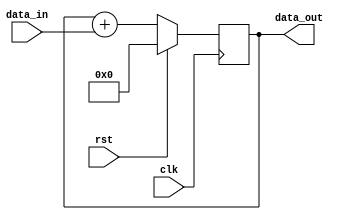
module cascaded_accumulator (
    input wire clk,
    input wire rst,
    input wire [7:0] data_in,
    output wire [7:0] data_out
);

reg [7:0] accumulator;

always @(posedge clk) begin
    if (rst) begin
        accumulator <= 8'b0;
    end else begin
        accumulator <= accumulator + data_in;
    end
end

assign data_out = accumulator;

endmodule